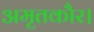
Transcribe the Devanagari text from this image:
अमृतकौर।